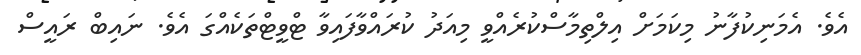
އެވެ. އެމަނިކުފާނު މިކަމަށް އިލްތިމާސްކުރެއްވީ މިއަދު ކުރައްވާފައިވާ ޓްވީޓްތަކެއްގަ އެވެ. ނައިބް ރައީސް